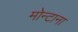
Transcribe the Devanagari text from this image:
मोन्‍टाना